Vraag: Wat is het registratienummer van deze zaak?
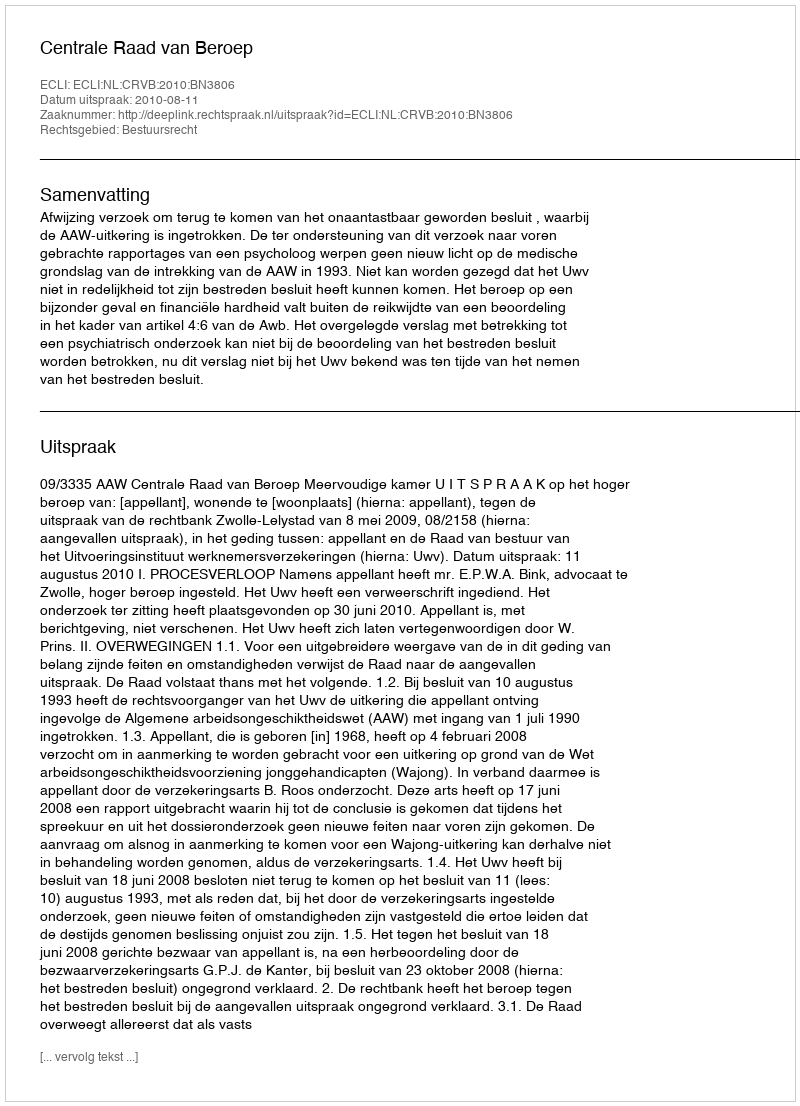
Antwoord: http://deeplink.rechtspraak.nl/uitspraak?id=ECLI:NL:CRVB:2010:BN3806